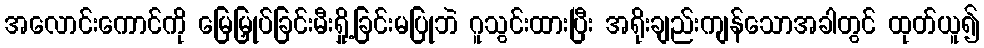
အလောင်းကောင်ကို မြေမြှုပ်ခြင်းမီးရှို့ခြင်းမပြုဘဲ ဂူသွင်းထားပြီး အရိုးချည်းကျန်သောအခါတွင် ထုတ်ယူ၍